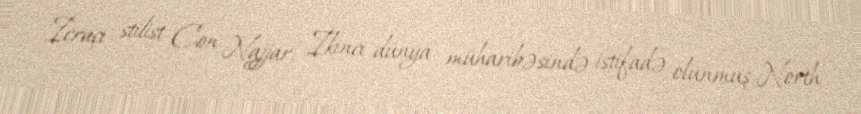
İcraçı stilist Con Najjar, İkinci dünya müharibəsində istifadə olunmuş North